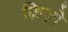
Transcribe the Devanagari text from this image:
फ़िलो